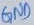
Text: GND